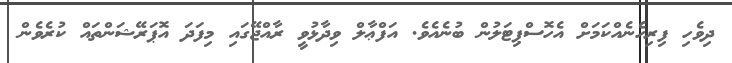
ދިވެހި ފިރިހެނެއްކަމަށް އެހޮސްޕިޓަލުން ބުނެއެވެ. އަފްޢާލް ވިދާޅުވީ ރާއްޖޭގައި މިފަދަ އޮޕަރޭޝަންތައް ކުރެވެން